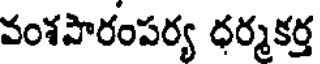
వంశపారంపర్య ధర్మకర్త